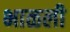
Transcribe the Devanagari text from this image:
भाळली